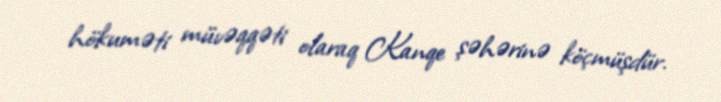
hökuməti müvəqqəti olaraq Kanqe şəhərinə köçmüşdür.